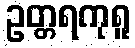
ဥတ္တရကုရူ